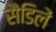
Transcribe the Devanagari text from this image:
सैंडिलें